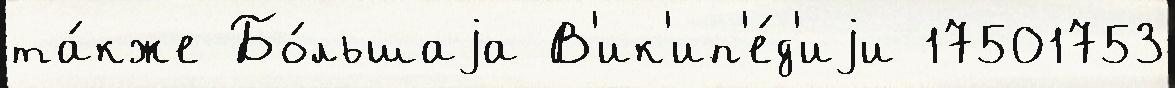
та́кже Бо́льшаjа В'ик'ип'е́д'иjи 17501753